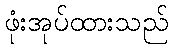
ဖုံးအုပ်ထားသည်